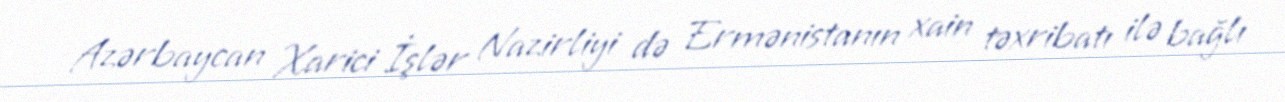
Azərbaycan Xarici İşlər Nazirliyi də Ermənistanın xain təxribatı ilə bağlı